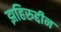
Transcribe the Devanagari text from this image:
झहिरुद्दीन